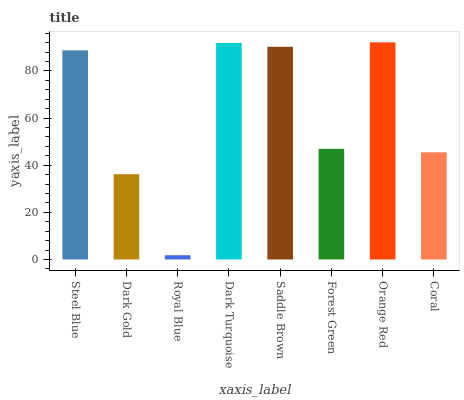
| xaxis_label | bars |
 | --- | --- |
 | Steel Blue | 88.8 |
 | Dark Gold | 36.2 |
 | Royal Blue | 1.79 |
 | Dark Turquoise | 91.9 |
 | Saddle Brown | 90.3 |
 | Forest Green | 47 |
 | Orange Red | 92.1 |
 | Coral | 45.5 |